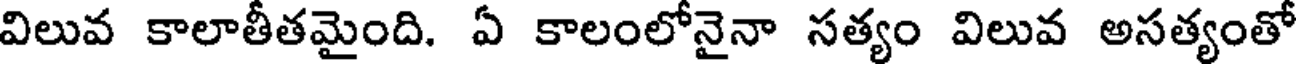
విలువ కాలాతీతమైంది. ఏ కాలంలోనైనా సత్యం విలువ అసత్యంతో